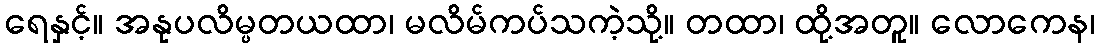
ရေနှင့်။ အနုပလိမ္ပတယထာ၊ မလိမ်ကပ်သကဲ့သို့။ တထာ၊ ထို့အတူ။ လောကေန၊